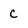
Character: c